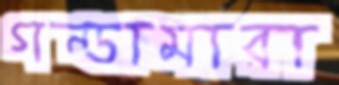
গন্ডামারা